Vaccination in Bombay 1913-1923 - 1913-1923
Year: 1913
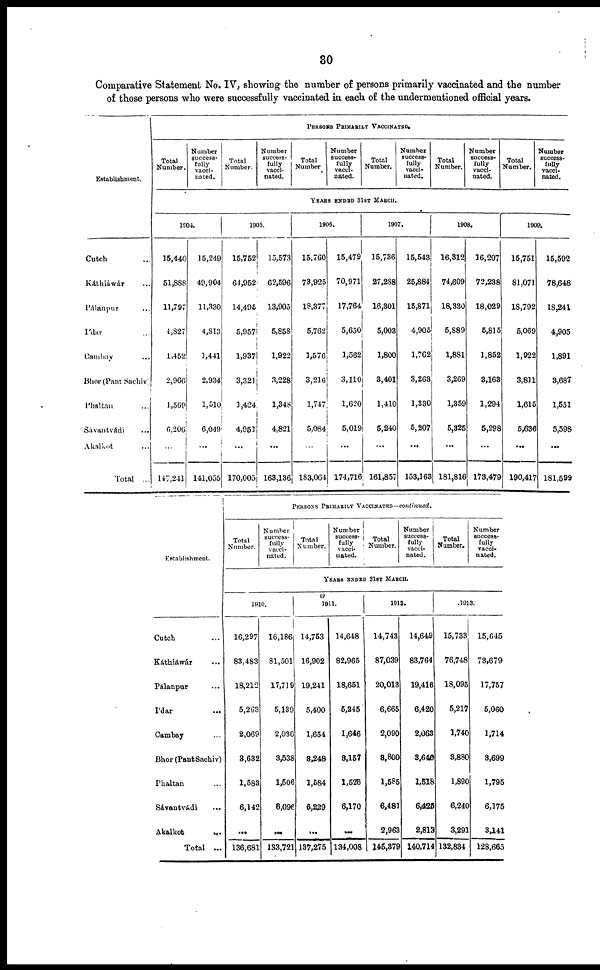
30
Comparative Statement No. IV, showing the number of persons primarily vaccinated and the number
of those persons who were successfully vaccinated in each of the undermentioned official years.
Establishment.
Cutch ...
Káthiáwár ...
Pálanpur ...
I'dar
Cambay ...
Bhor(Pant Sachiv)
Phaltan ...
Sávantvádi ...
Akalkot ...
Total ...
PERSONS PRIMARILY VACCINATED.
Total
Number.
Number
success-
fully
vacci-
nated.
Total
Number.
Number
success-
fully
vacci-
nated.
Total
Number
Number
success-
fully
vacci-
nated.
Total
Number.
Number
success-
fully
vacci-
nated.
Total
Number.
Number
success-
fully
vacci-
nated.
Total
Number.
Number
success-
fully
vacci-
nated.
YEARS ENDED 31ST MARCH.
1904.
15,440
51,888
11,797
4,827
1,452
2,966
1,569
6,206
...
147,241
15,249
49,904
11,330
4,813
1,441
2,934
1,510
6,049
...
141,055
1905.
15,752
64,952
14,495
5,957
1,937
3,321
1,424
4,951
...
170,005
15,573
62,596
13,905
5,858
1,922
3,228
1,348
4,821
...
163,136
1906.
15,760
73,925
18,377
5,762
1,576
3,216
1,747
5,084
...
183,064
15,479
70,971
17,764
5,650
1,562
3,110
1,620
5,019
...
174,716
1907.
15,736
27,288
16,301
5,003
1,800
3,401
1,410
5,240
...
161,857
15,543
25,884
15,871
4,905
1,762
3,263
1,330
5,207
...
153,163
1908.
16,312
74,609
18,330
5,889
1,881
3,269
1,359
5,325
...
181,816
16,207
72,238
18,029
5,815
1,852
3,163
1,294
5,298
...
173,479
1909.
15,751
81,071
18,792
5,069
1,922
3,811
1,615
5,636
...
190,417
15,592
78,648
18,241
4,905
1,891
3,687
1,551
5,598
...
181,599
Establishment.
Cutch ...
Káthiáwár ...
Pálanpur ...
I'dar
...
Cambay ...
Bihor (Pant Sachiv)
Phaltan ...
Sávantvádi ...
Akalkot
...
Total ...
PERSONS PRIMARILY VACCINATED—continued.
Total
Number.
Number
success-
fully
vacci-
nated.
Total
Number.
Number
success-
fully
vacci-
nated.
Total
Number.
Number
success-
fully
vacci-
nated.
Total
Number.
Number
success-
fully
vacci-
nated.
YEARS ENDED 31ST MARCH.
1910.
16,297
83,483
18,212
5,263
2,069
3,632
1,583
6,142
...
136,681
16,186
81,501
17,719
5,139
2,036
3,538
1,506
6,096
...
133,721
1911.
14,753
16,902
19,241
5,400
1,654
8,248
1,584
6,229
...
137,275
14,648
82,965
18,651
5,245
1,646
8,157
1,526
6,170
...
134,008
1912.
14,743
87,039
20,013
6,665
2,090
8,800
1,585
6,481
2,963
145,379
14,649
83,764
19,416
6,420
2,063
3,646
1,518
6,425
2,813
140,714
1913.
15,733
76,748
18,095
5,217
1,740
3,880
1,890
6,240
3,291
132,834
15,645
73,679
17,757
5,060
1,714
3,699
1,795
6,175
3,141
128,665